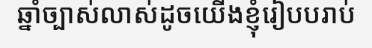
ឆ្នាំច្បាស់លាស់ដូចយើងខ្ញុំរៀបបរាប់